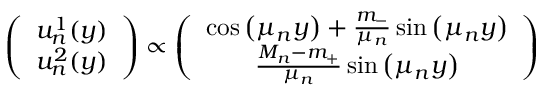
\left( \begin{array} { c } { { u _ { n } ^ { 1 } ( y ) } } \\ { { u _ { n } ^ { 2 } ( y ) } } \end{array} \right) \propto \left( \begin{array} { c } { { \cos \left( \mu _ { n } y \right) + \frac { m _ { - } } { \mu _ { n } } \sin \left( \mu _ { n } y \right) } } \\ { { \frac { M _ { n } - m _ { + } } { \mu _ { n } } \sin \left( \mu _ { n } y \right) } } \end{array} \right)